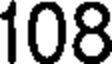
108